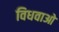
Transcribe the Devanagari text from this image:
विधवाओ